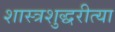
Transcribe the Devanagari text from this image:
शास्त्रशुद्धरीत्या